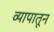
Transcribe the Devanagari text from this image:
व्यापातून